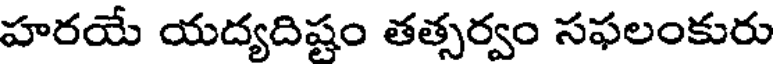
హరయే యద్యదిష్టం తత్సర్వం సఫలంకురు